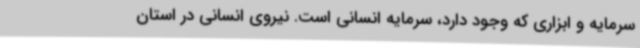
سرمایه و ابزاری که وجود دارد، سرمایه انسانی است. نیروی انسانی در استان